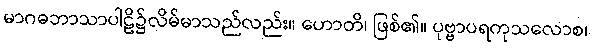
မာဂဓဘာသာပါဠိ၌လိမ်မာသည်လည်း။ ဟောတိ၊ ဖြစ်၏။ ပုဗ္ဗာပရကုသလောစ၊